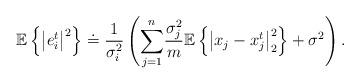
LaTeX: \begin{align*}\mathbb{E}\left\{ \left|e_{i}^{t}\right|^{2}\right\} & \doteq\frac{1}{\sigma_{i}^{2}}\left(\overset{n}{\underset{j=1}{\sum}}\frac{\sigma_{j}^{2}}{m}\mathbb{E}\left\{ \left|x_{j}-x_{j}^{t}\right|_{2}^{2}\right\} +\sigma^{2}\right).\end{align*}